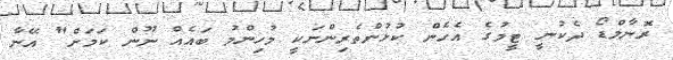
ރޮނާލްޑޯ ދެކުނީ ޓީމުގެ އެހެން ކުޅުންތެރިންނަކީ މުހިންމު ބައެއް ނޫން ކަމަށް" އޭނާ